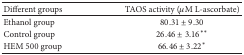
| Different groups | TAOS activity (μM L-ascorbate) |
 | --- | --- |
 | Ethanol group | 80.31 ± 9.30 |
 | Control group | 26.46 ± 3.16∗∗ |
 | HEM 500 group | 66.46 ± 3.22∗ |